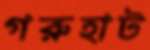
গরুহাট